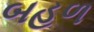
બહળ